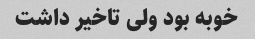
خوبه بود ولی تاخیر داشت